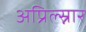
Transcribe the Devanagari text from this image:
अप्रिल्स्नार